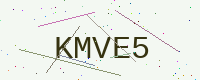
Text: KMVE5